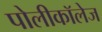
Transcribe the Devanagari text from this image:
पोलीकॉलेज